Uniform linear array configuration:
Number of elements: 32
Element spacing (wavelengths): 0.75
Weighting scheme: blackman
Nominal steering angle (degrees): -45
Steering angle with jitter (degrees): -45.138
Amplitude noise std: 0.05
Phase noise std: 0.05

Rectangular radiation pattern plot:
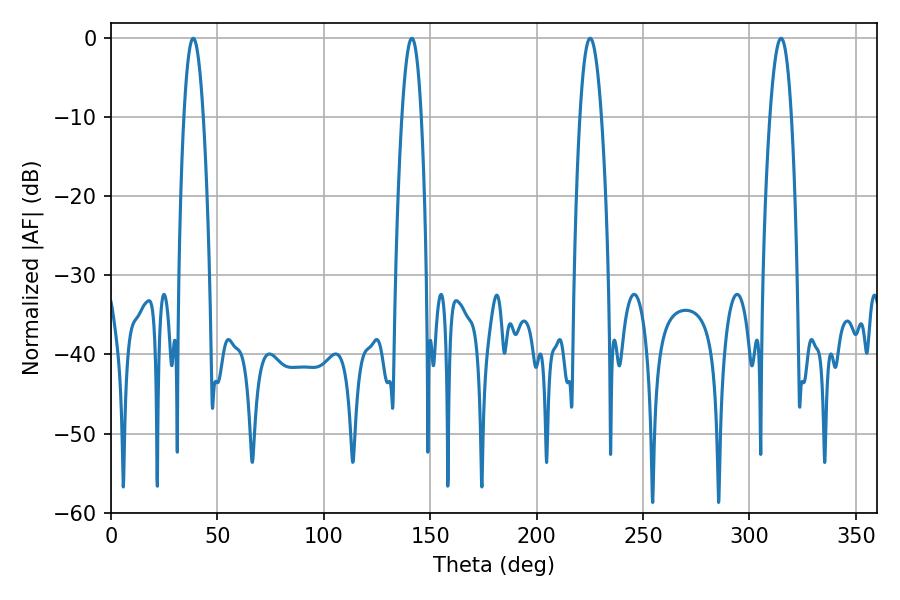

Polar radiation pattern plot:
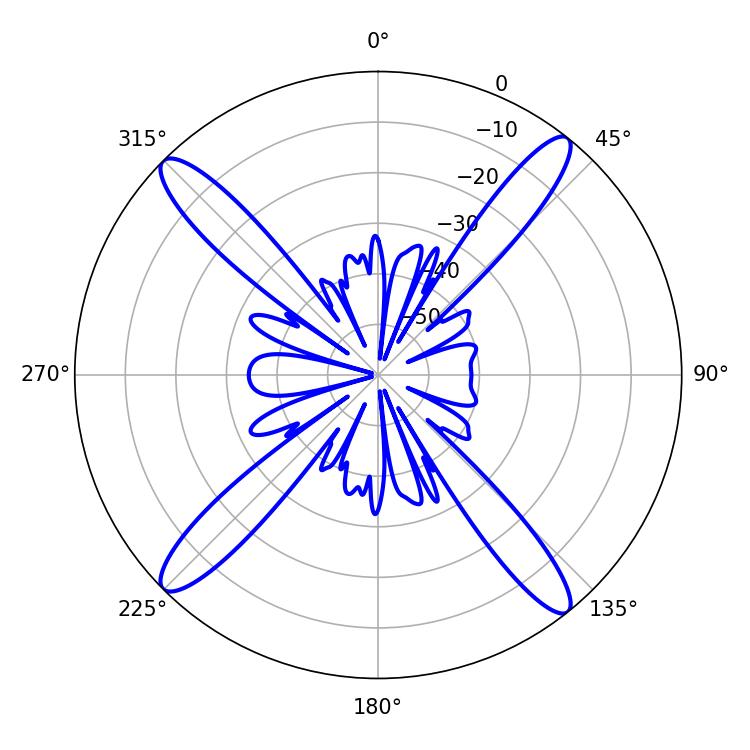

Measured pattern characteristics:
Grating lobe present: TRUE
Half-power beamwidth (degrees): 5.58
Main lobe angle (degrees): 225.18